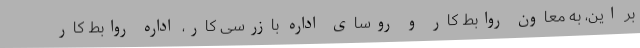
بر این، به معاون روابط کار و روسای اداره بازرسی کار، اداره روابط کار